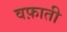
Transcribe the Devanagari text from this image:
वफ़ाती